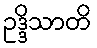
ဥဒ္ဒိသာတိ